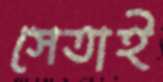
সেতাই